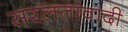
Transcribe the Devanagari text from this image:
सरलतावादी